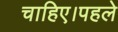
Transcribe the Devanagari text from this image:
चाहिए।पहले